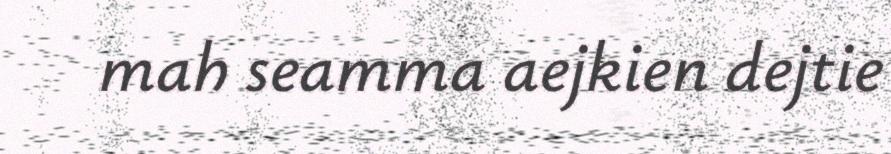
mah seamma aejkien dejtie